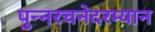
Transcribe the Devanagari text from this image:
पुन्नरचनेदरम्यान